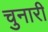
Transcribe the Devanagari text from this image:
चुनारी